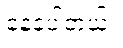
နေခဲ့ပါတယ်။